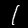
Digit: 1